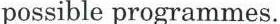
possible programmes.